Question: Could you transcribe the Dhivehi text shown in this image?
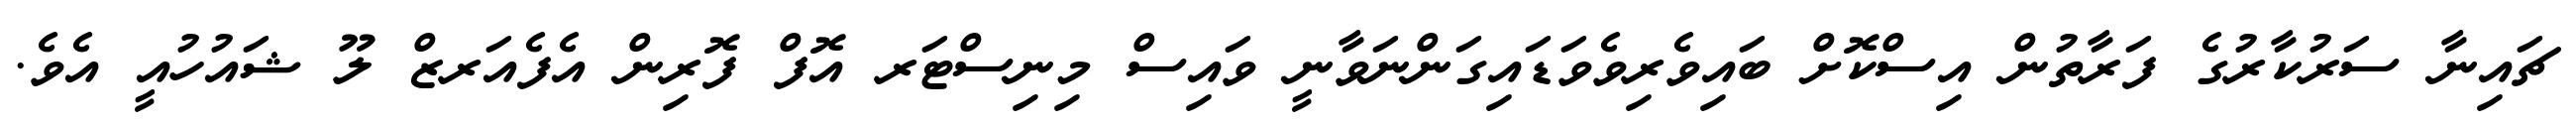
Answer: ޗައިނާ ސަރުކާރުގެ ފަރާތުން އިސްކޮށް ބައިވެރިވެވަޑައިގަންނަވާނީ ވައިސް މިނިސްޓަރ އޮފް ފޮރިން އެފެއަރޒް ލޫ ޝައުހުއީ އެވެ.